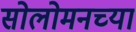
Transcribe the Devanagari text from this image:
सोलोमनच्या